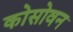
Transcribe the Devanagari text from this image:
कोसोवन